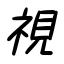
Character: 視